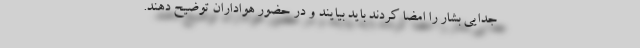
جدایی بشار را امضا کردند باید بیایند و در حضور هواداران توضیح دهند.